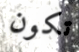
تكون